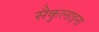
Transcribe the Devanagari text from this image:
सैकुलाइना